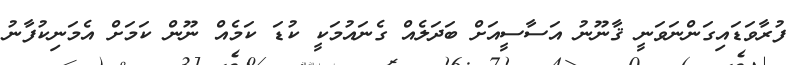
ފުރާވަޑައިގަންނަވަނީ ޤާނޫނު އަސާސީއަށް ބަދަލެއް ގެނައުމަކީ ކުޑަ ކަމެއް ނޫން ކަމަށް އެމަނިކުފާނު